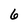
Character: 6